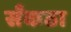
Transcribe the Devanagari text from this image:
सँकठा